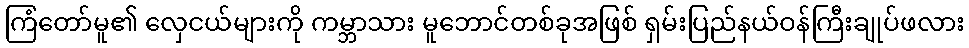
ကြံတော်မူ၏ လှေငယ်များကို ကမ္ဘာသား မူဘောင်တစ်ခုအဖြစ် ရှမ်းပြည်နယ်ဝန်ကြီးချုပ်ဖလား